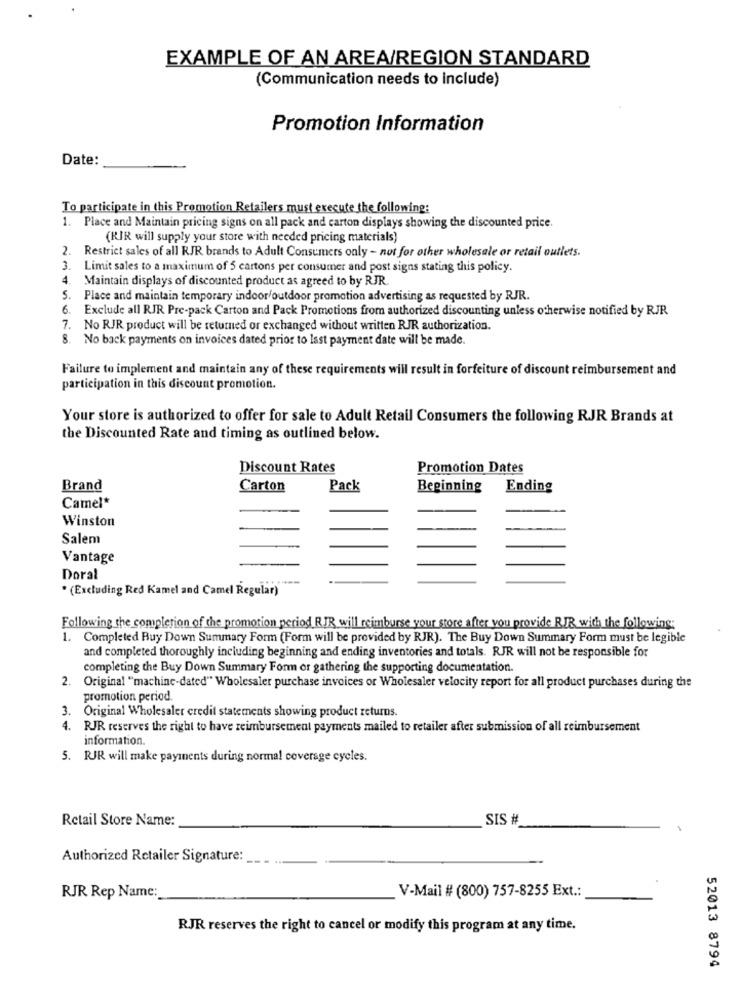
EXAMPLE OF AN AREA/REGION STANDARD
(Communication needs to include)
Promotion Information
Date:
To participate in this Promotion Retailers must execute the following:
1. Place and Maintain pricing signs on all pack and carton displays showing the discounted price.
(RIR will supply your store with needed pricing materials)
2. Restrict sales of all RJR brands to Adult Consumers only - not for other wholesale or retail outlets.
3.
Limit sales to a maximum of 5 cartons per consumer and post signs stating this policy.
4.
Maintain displays of discounted product as agreed to by RJR.
S.
Place and maintain temporary indoor/outdoor promotion advertising as requested by RJR.
6.
Exclude all RJR Pre-pack Carton and Pack Promotions from authorized discounting unless otherwise notified by RJR
7. No RJR product will be returned or exchanged without written RJR authorization.
8. No back payments on invoices dated prior to last payment date will be made.
Failure to implement and maintain any of these requirements will result in forfeiture of discount reimbursement and
participation in this discount promotion.
Your store is authorized to offer for sale to Adult Retail Consumers the following RJR Brands at
the Discounted Rate and timing as outlined below.
Discount Rates
Promotion Dates
Brand
Carton
Pack
Bepinning
Ending
Camel*
Winston
Salem
Vantage
Doral
* (Excluding Red Kamel and Camel Regular)"
Following the completion of the promotion period RJR will reimburse your store after you provide RIR with the following:
1. Completed Buy Down Summary Form (Form will be provided by RJR). The Buy Down Summary Form must be legible
and completed thoroughly including beginning and ending inventories and totals. RJR will not be responsible for
completing the Buy Down Summary Form or gathering the supporting documentation.
2. Original "machine-dated" Wholesaler purchase invoices or Wholesaler velocity report for all product purchases during the
promotion period.
3.
Original Wholesaler credit statements showing product returns.
4. RJR reserves the right to have reimbursement payments mailed to retailer after submission of all reimbursement
information.
5. RJR will make payments during normal coverage cycles.
Retail Store Name:
SIS #
Authorized Retailer Signature:
RJR Rep Name:
V-Mail # (800) 757-8255 Ext .:
RJR reserves the right to cancel or modify this program at any time.
52013 8794